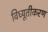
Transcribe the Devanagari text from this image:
विध्यूतीकरण